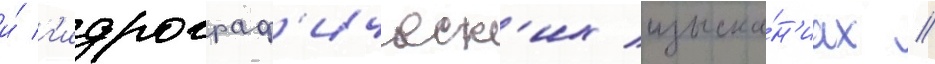
и́ г'идрограф'ическ'их изыска́н'иах //